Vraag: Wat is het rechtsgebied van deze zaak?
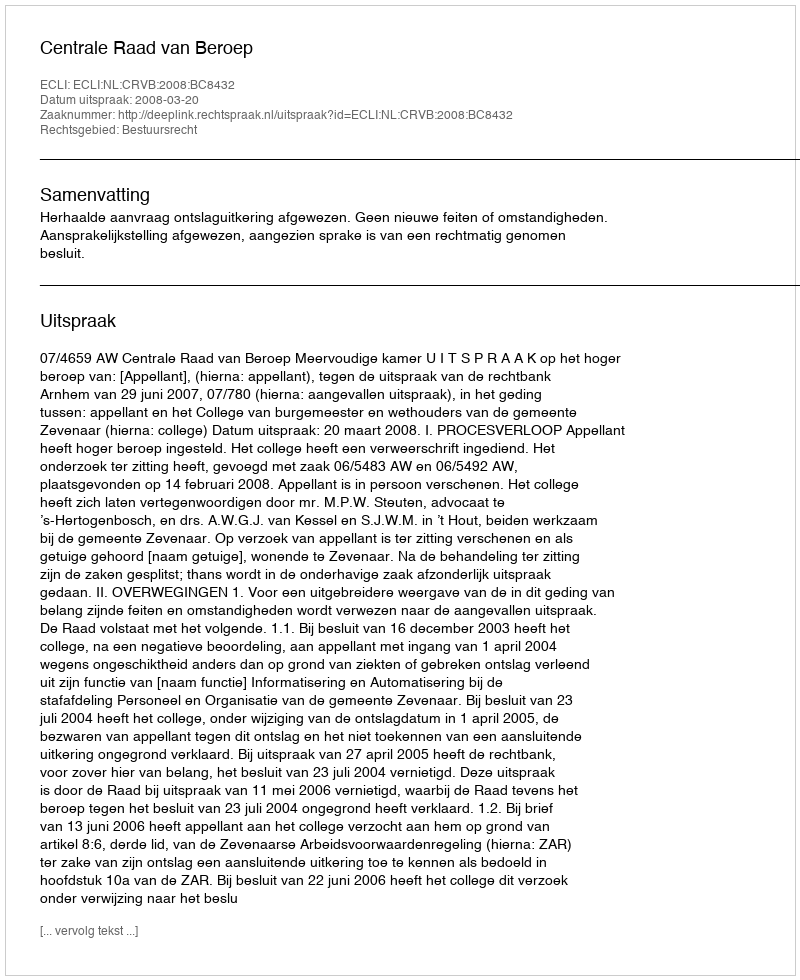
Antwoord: Bestuursrecht